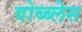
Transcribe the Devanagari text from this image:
वोब्ब्लेस